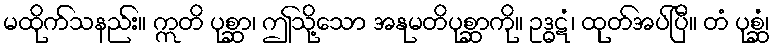
မထိုက်သနည်း။ ဣတိ ပုစ္ဆာ၊ ဤသို့သော အနုမတိပုစ္ဆာကို။ ဥဒ္ဓဋံ၊ ထုတ်အပ်ပြီ။ တံ ပုစ္ဆံ၊